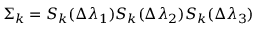
\Sigma _ { k } = S _ { k } ( \Delta \lambda _ { 1 } ) S _ { k } ( \Delta \lambda _ { 2 } ) S _ { k } ( \Delta \lambda _ { 3 } )